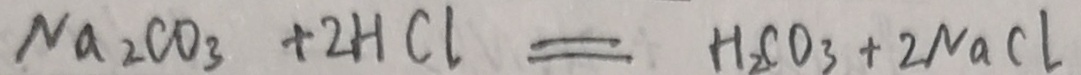
N a _ { 2 } C O _ { 3 } + 2 H C l = H _ { 2 } C O _ { 3 } + 2 N a C l